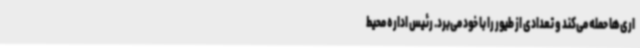
اری‌ها حمله می‌کند و تعدادی از طیور را با خود می‌برد. رئیس اداره محیط